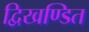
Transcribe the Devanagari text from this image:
द्विखण्डित